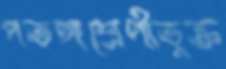
পতঙ্গশ্রেণীভুক্ত